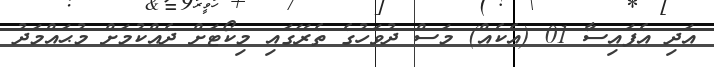
އަދި އެފައިސާ 01 (އެކެއް) މަސް ދުވަހުގެ ތެރޭގައި މިކޯޓަށް ދެއްކުމަށް މުޙައްމަދު